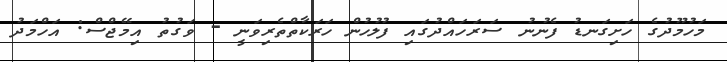
މަހުމޫދުގެ ހަށިގަނޑު ފެނުނު ސަރަހައްދުގައި ފުލުހުން ހަރަކާތްތެރިވަނީ - ވަގުތު އިމޭޖްސް: އަހްމަދު